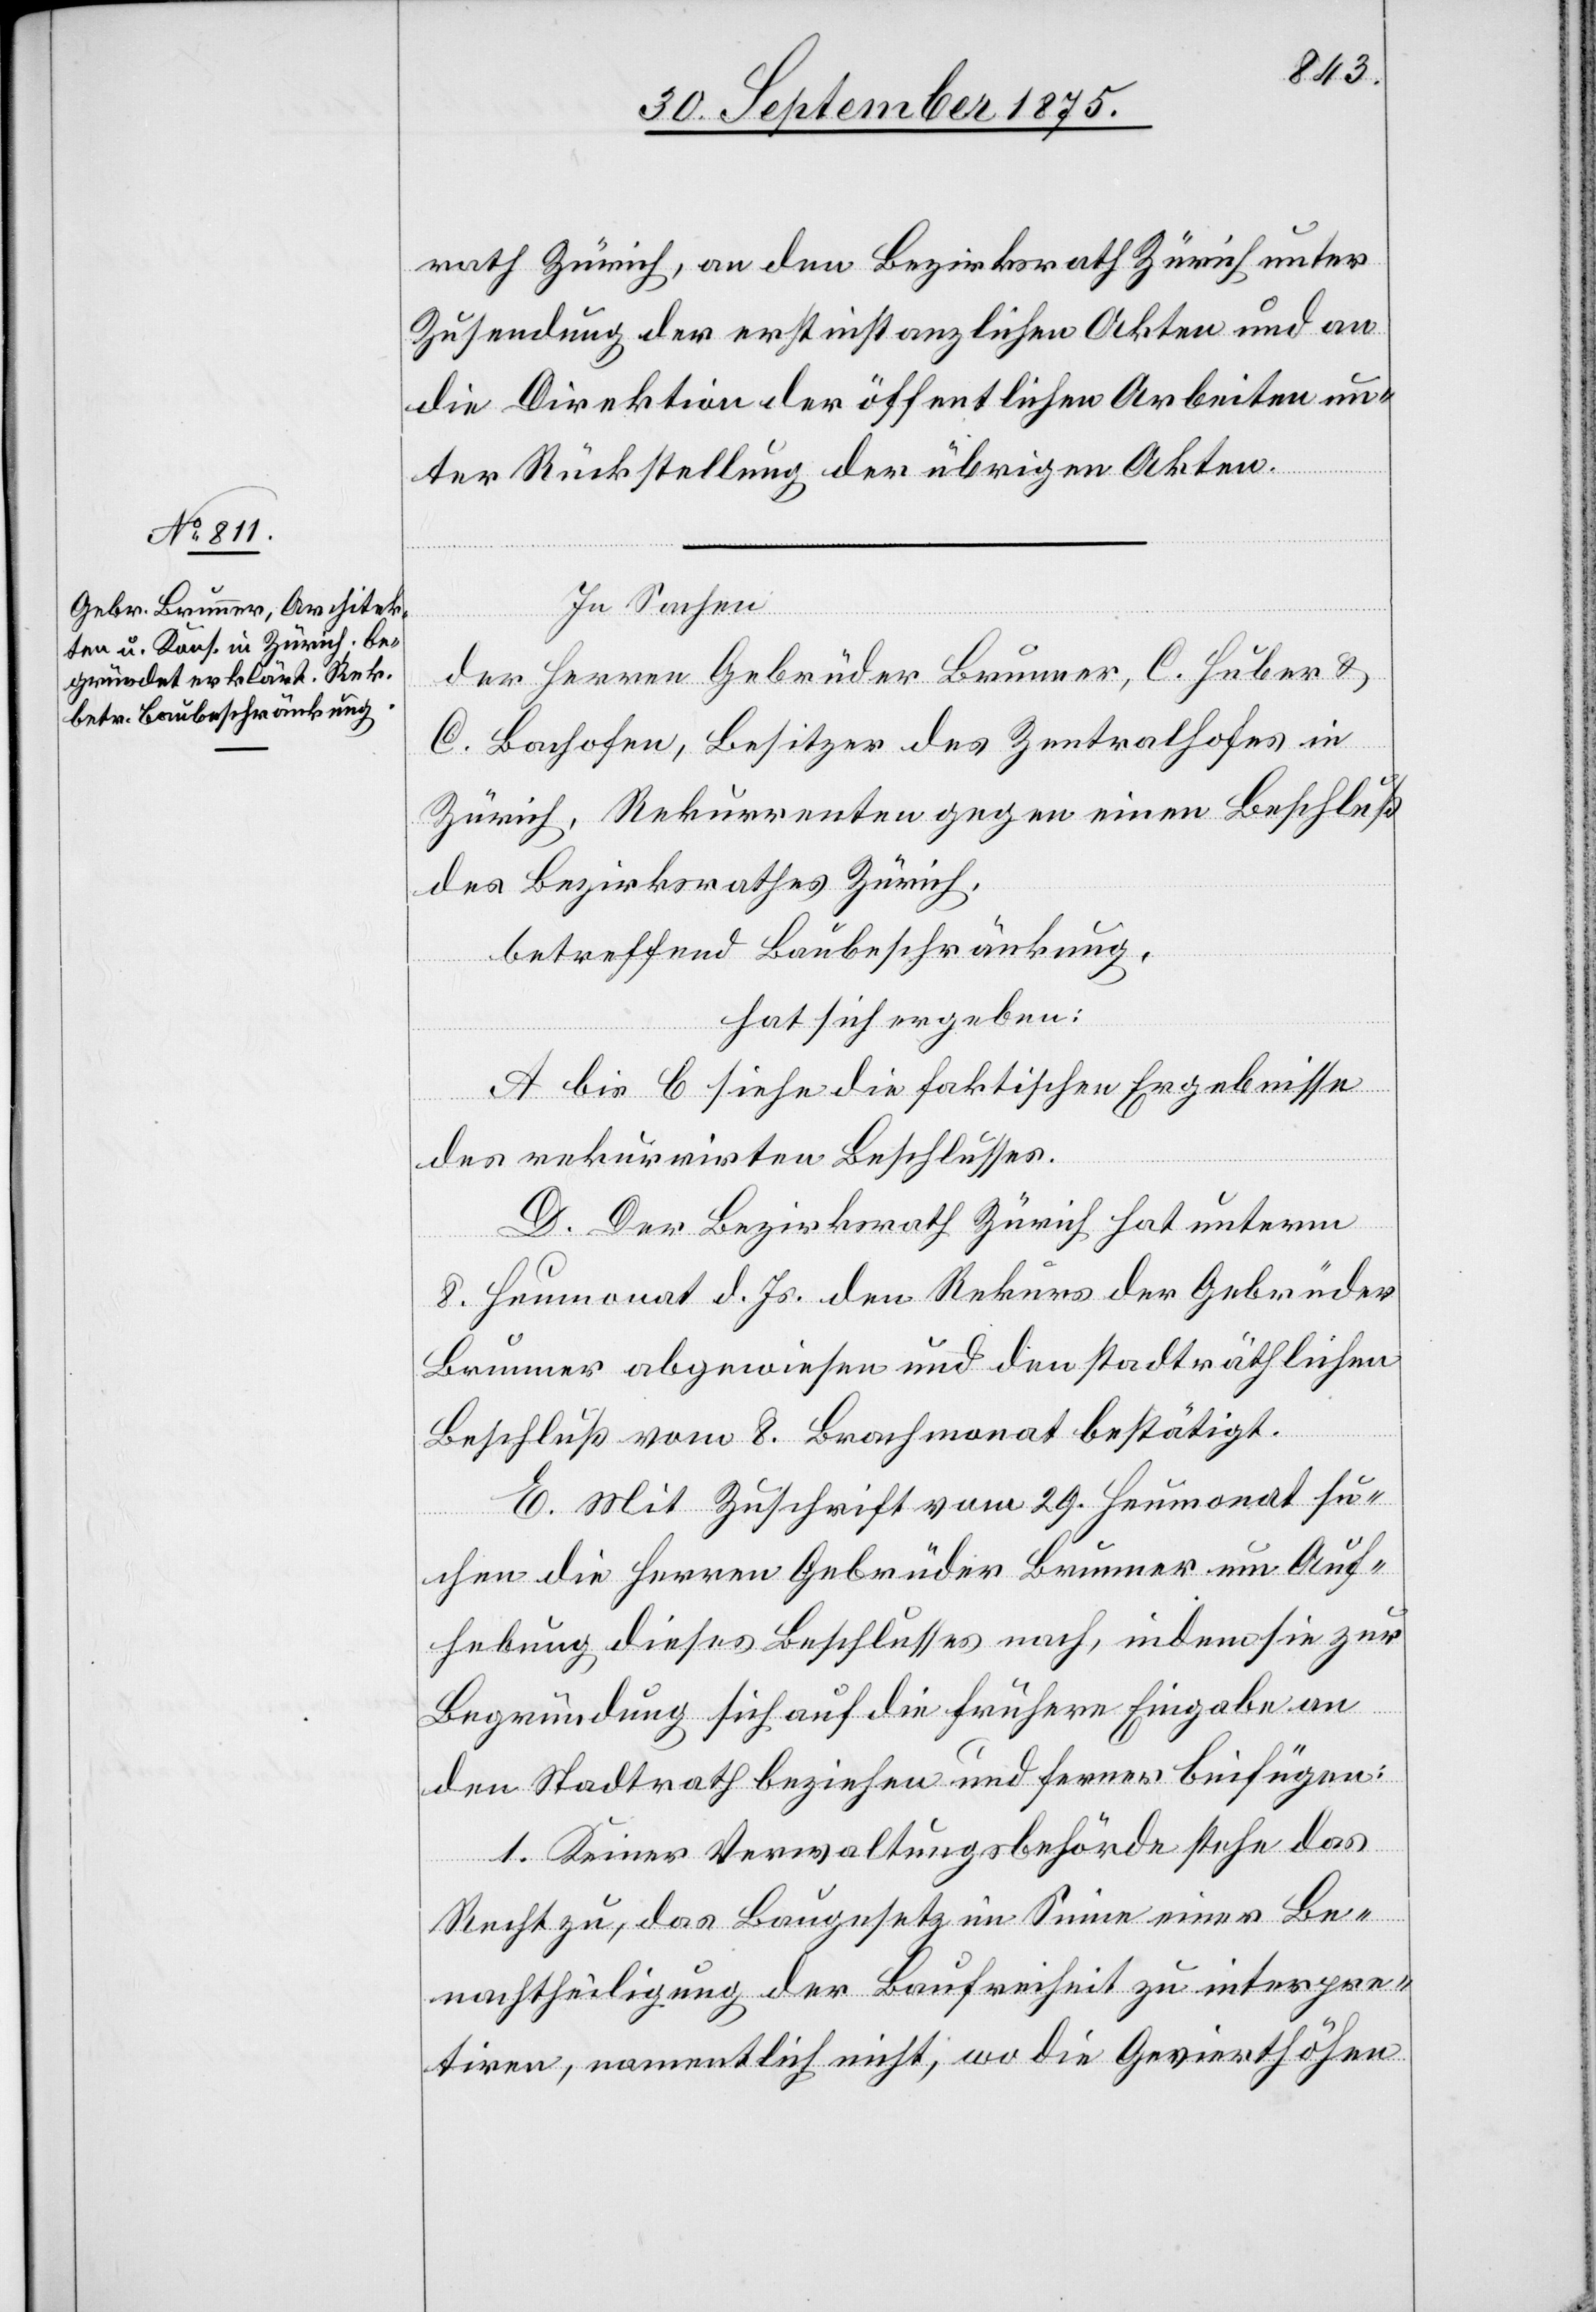
rath Zürich, an den Bezirksrath Zürich unter
Zusendung der erstinstanzlichen Akten und an
die Direktion der öffentlichen Arbeiten un¬
ter Rückstellung der übrigen Akten.
In Sachen
der Herren Gebrüder Brunner, C. Huber &
C.
Bachofen, Besitzer des Zentralhofes in
Zürich, Rekurrenten gegen einen Beschluß
des Bezirksrathes Zürich,
betreffend Baubeschränkung,
hat sich ergeben:
A bis C siehe die faktischen Ergebnisse
des rekurrirten Beschlusses.
D. Der Bezirksrath Zürich hat unterm
8. Heumonat d. Js. den Rekurs der Gebrüder
Brunner abgewiesen und den stadträthlichen
Beschluß vom 8. Brachmonat bestätigt.
E. Mit Zuschrift vom 29. Heumonat su¬
chen die Herren Gebrüder Brunner um Auf¬
hebung dieses Beschlusses nach, indem sie zur
Begründung sich auf die frühere Eingabe an
den Stadtrath beziehen und ferner beifügen:
1. Keiner Verwaltungsbehörde stehe das
Recht zu, das Baugesetz im Sinne einer Be¬
nachtheiligung der Baufreiheit zu interpre¬
tiren, namentlich nicht, wo die Gevierthöhen